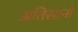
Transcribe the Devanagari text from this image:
अतिसानो